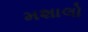
મશાલો